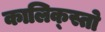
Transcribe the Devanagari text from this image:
कालिक्स्तो